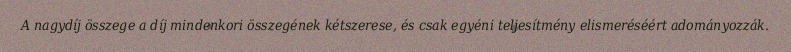
A nagydíj összege a díj mindenkori összegének kétszerese, és csak egyéni teljesítmény elismeréséért adományozzák.